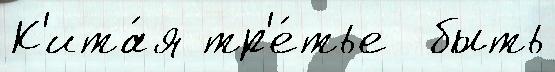
К'ита́я тр'е́тье  быть